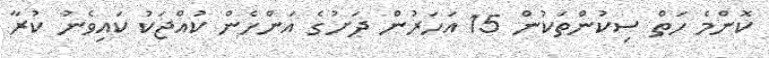
ކޮންމެ ހަތް ސިކުންތަކުން 15 އަހަރުން ދަށުގެ އަންހެން ކުއްޖަކު ކައިވެނު ކުރާ